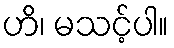
ဟိ၊ မသင့်ပါ။